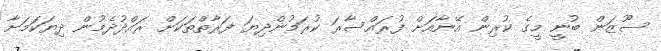
ސޫޒަން ބުނީ މީގެ ކުރިން އޭނާއަށް ފުރައްސާރަ ކުރަމުންދިޔަ ފަރާތްތަކަށް ރައްދުދެމުން ދިޔަކަމަށާ